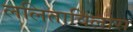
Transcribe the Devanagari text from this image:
ललिताविलास